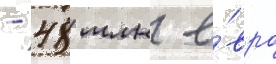
- 48 млн е́вро